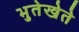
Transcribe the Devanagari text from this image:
भुतेखेते